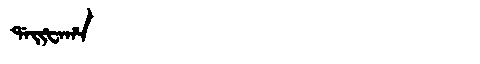
Manchu: ᡩᠠᡳᡶᠠᡥᠠ
Romanization: DAIFAHA